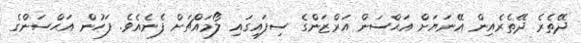
ދޭތެރެ ދޭތެރެއިން އޭނަޔަށް އަޙްސަން އަރްޒަންގެ ސިފައިގައި ލޯމައްޗަށް ފެނެއެވެ. ފަހުން އަޙްސަންގެ